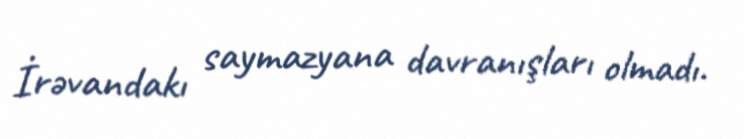
İrəvandakı saymazyana davranışları olmadı.